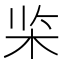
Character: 𰗘